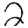
Digit: 2